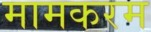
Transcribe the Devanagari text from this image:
मामकरम